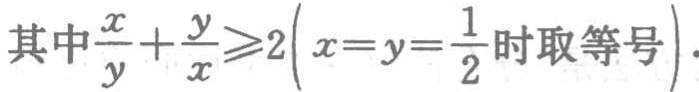
其中$\frac{x}{y}+\frac{y}{x}\geqslant 2\left(x = y=\frac{1}{2}\text{时取等号}\right)$.